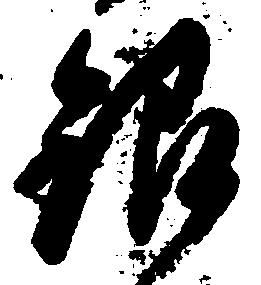
銀